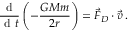
\frac { \textrm { d } } { \textrm { d } t } \left( - \frac { G M m } { 2 r } \right) = \vec { F } _ { D } \cdot \vec { v } \, .